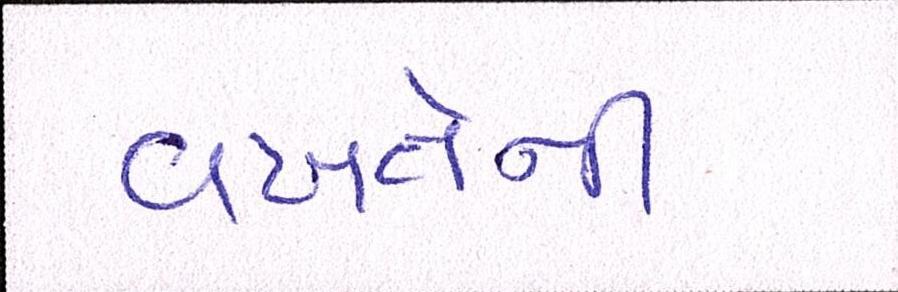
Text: વખતેની